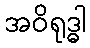
အဝိရုဒ္ဓါ